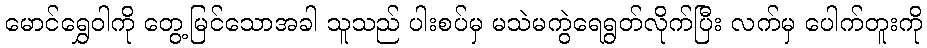
မောင်ရွှေဝါကို တွေ့မြင်သောအခါ သူသည် ပါးစပ်မှ မသဲမကွဲရေရွတ်လိုက်ပြီး လက်မှ ပေါက်တူးကို